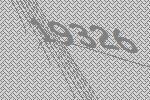
19326